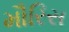
મૌરિસ